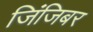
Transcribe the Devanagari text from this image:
जिंजिबर